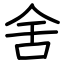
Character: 舍